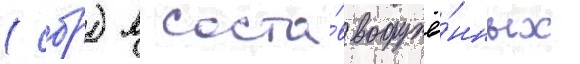
(сбр) в соста́в вооружё́нных